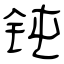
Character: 钝